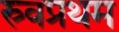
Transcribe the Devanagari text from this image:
स्र्वप्रथम